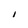
Character: I